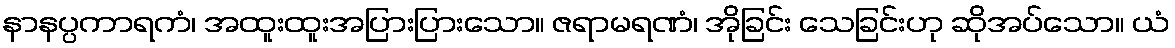
နာနပ္ပကာရကံ၊ အထူးထူးအပြားပြားသော။ ဇရာမရဏံ၊ အိုခြင်း သေခြင်းဟု ဆိုအပ်သော။ ယံ